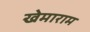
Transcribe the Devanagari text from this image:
खेमाराम